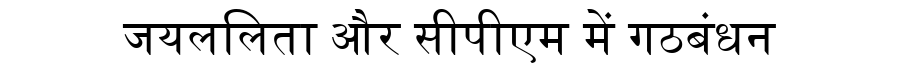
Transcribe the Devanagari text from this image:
जयललिता और सीपीएम में गठबंधन